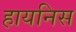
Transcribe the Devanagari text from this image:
हायनिस